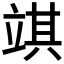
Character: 𥪓